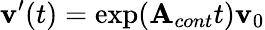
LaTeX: \mathbf{v}^{\prime}(t)=\exp({\mathbf{{A}}_{cont}t})\mathbf{v}_{0}